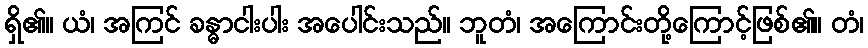
ရှိ၏။ ယံ၊ အကြင် ခန္ဓာငါးပါး အပေါင်းသည်။ ဘူတံ၊ အကြောင်းတို့ကြောင့်ဖြစ်၏။ တံ၊